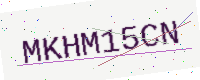
Text: MKHM15CN